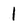
Character: 1